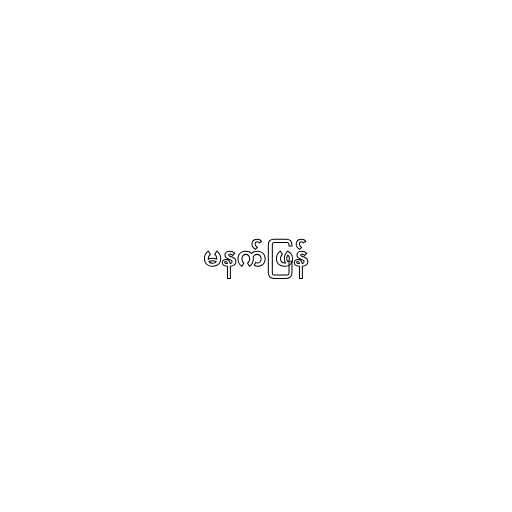
မနက်ဖြန်